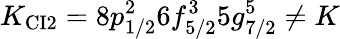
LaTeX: K_{\mathrm{CI2}}=8p_{1/2}^{2}6f_{5/2}^{3}5g_{7/2}^{5}\ne K